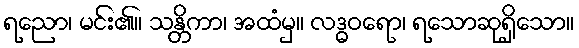
ရညော၊ မင်း၏။ သန္တိကာ၊ အထံမှ။ လဒ္ဓဝရော၊ ရသောဆုရှိသော။